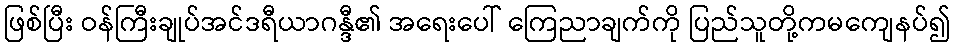
ဖြစ်ပြီး ဝန်ကြီးချုပ်အင်ဒရီယာဂန္ဒီ၏ အရေးပေါ် ကြေညာချက်ကို ပြည်သူတို့ကမကျေနပ်၍